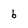
Character: 6